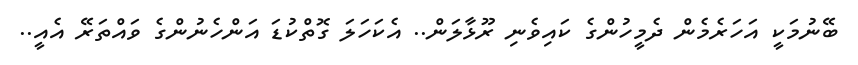
ބޭނުމަކީ އަހަރެމެން ދެމީހުންގެ ކައިވެނި ރޫޅާލަން.. އެކަހަލަ ގޮތްކުޑަ އަންހެނުންގެ ވައްތަރޭ އެއީ..